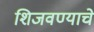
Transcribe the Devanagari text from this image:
शिजवण्याचे